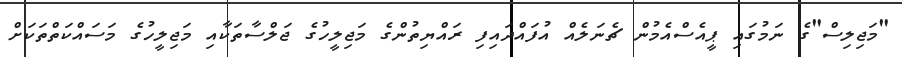
"މަޖިލިސް"ގެ ނަމުގައި ޕީއެސްއެމުން ޗެނަލެއް އުފައްދައިފި ރައްޔިތުންގެ މަޖިލީހުގެ ޖަލްސާތަކާއި މަޖިލީހުގެ މަސައްކަތްތަކަށް